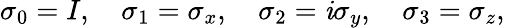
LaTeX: \sigma_{0}=I,\quad\sigma_{1}=\sigma_{x},\quad\sigma_{2}=\mathit{i}\sigma_{y},\quad\sigma_{3}=\sigma_{z},